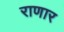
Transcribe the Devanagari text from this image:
राणार